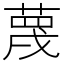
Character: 蔑